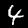
Digit: 4